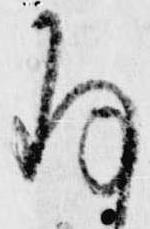
存